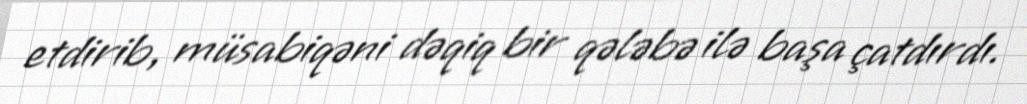
etdirib, müsabiqəni dəqiq bir qələbə ilə başa çatdırdı.